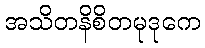
အသိတနိစိတမုဒုကေ